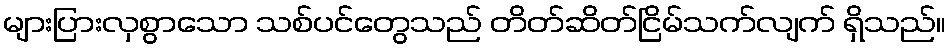
များပြားလှစွာသော သစ်ပင်တွေသည် တိတ်ဆိတ်ငြိမ်သက်လျက် ရှိသည်။